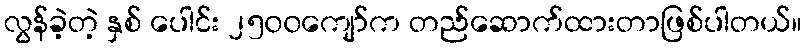
လွန်ခဲ့တဲ့ နှစ် ပေါင်း ၂၅၀၀ကျော်က တည်ဆောက်ထားတာဖြစ်ပါတယ်။